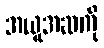
အယူအဆကို